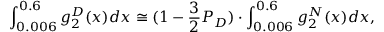
\int _ { 0 . 0 0 6 } ^ { 0 . 6 } g _ { 2 } ^ { D } ( x ) d x \cong ( 1 - \frac { 3 } { 2 } { \cal P } _ { D } ) \cdot \int _ { 0 . 0 0 6 } ^ { 0 . 6 } g _ { 2 } ^ { N } ( x ) d x ,